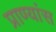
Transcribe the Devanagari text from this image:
प्राण्यांस